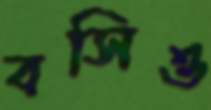
বসিও